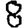
Digit: 8